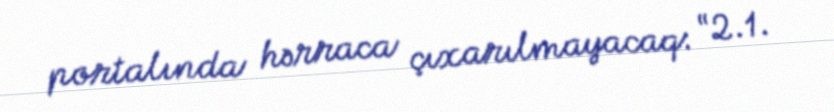
portalında hərraca çıxarılmayacaq: “2.1.